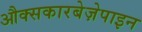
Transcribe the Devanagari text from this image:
औक्सकारबेज़ेपाइन